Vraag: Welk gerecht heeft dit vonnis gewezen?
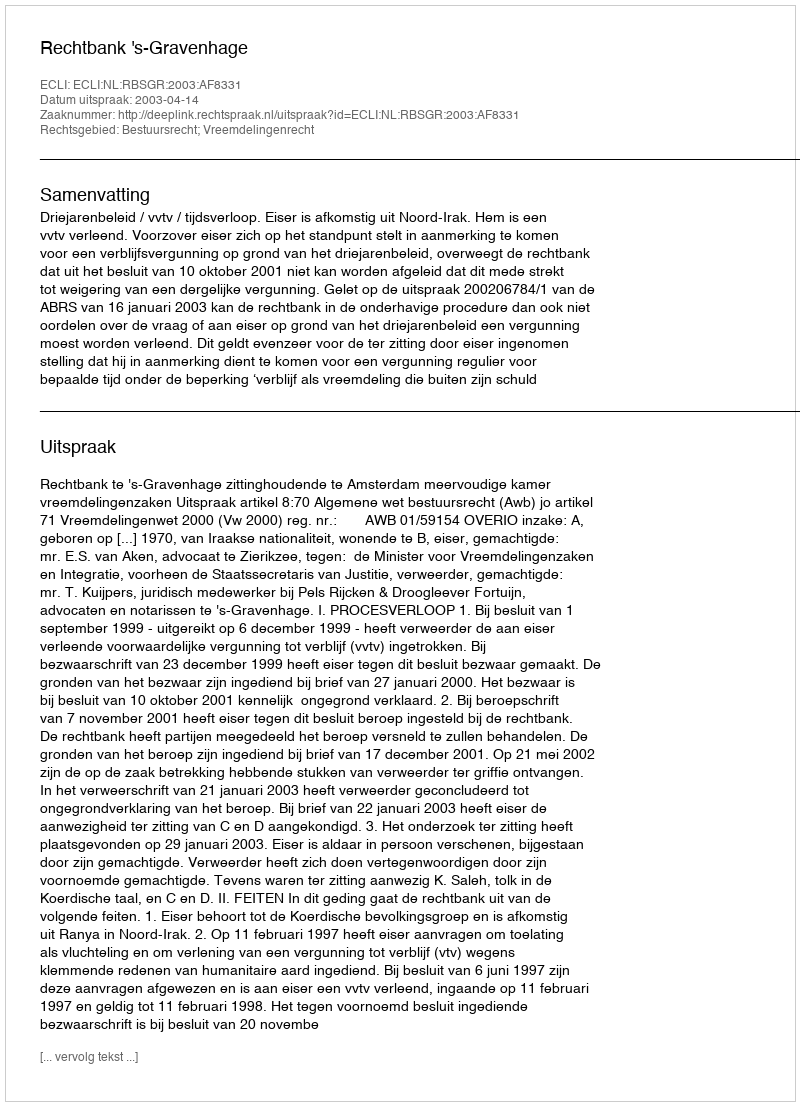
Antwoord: Rechtbank 's-Gravenhage